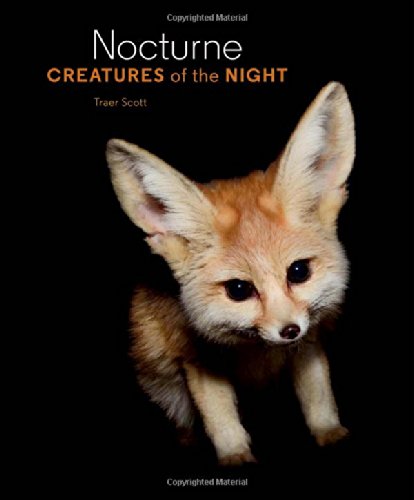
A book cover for Nocturne: Creatures of the Night; Traer Scott; Children's Books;